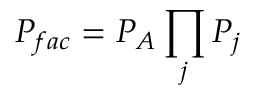
P _ { f a c } = P _ { \cal A } \prod _ { j } P _ { j }